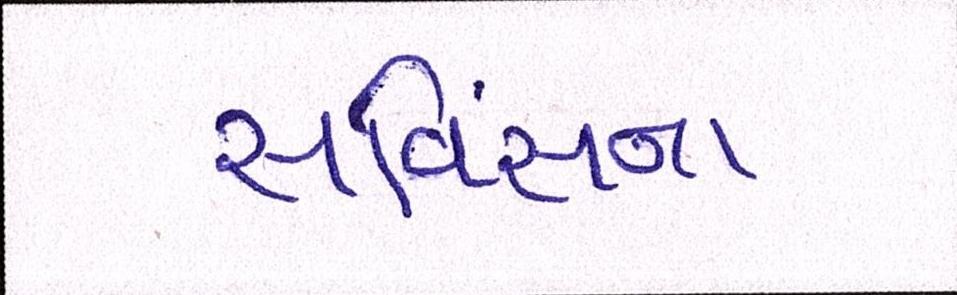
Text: સર્વિસના